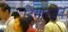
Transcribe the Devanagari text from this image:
दिसाव्यात